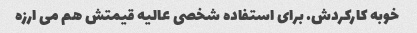
خوبه کارکردش. برای استفاده شخصی عالیه قیمتش هم می ارزه